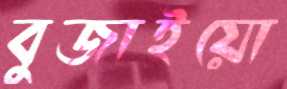
বুজাইয়ো